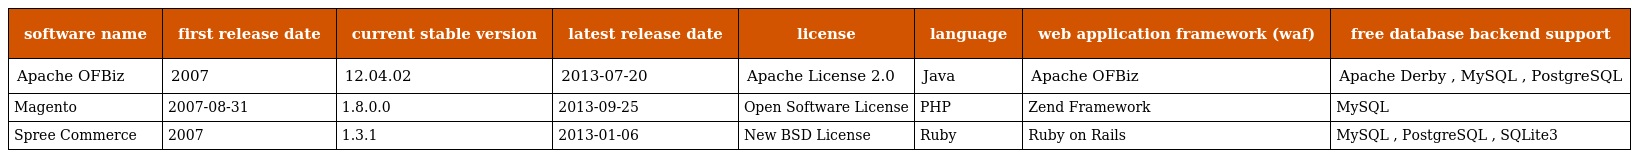
| software name | first release date | current stable version | latest release date | license | language | web application framework (waf) | free database backend support |
 | --- | --- | --- | --- | --- | --- | --- | --- |
 | Apache OFBiz | 2007 | 12.04.02 | 2013-07-20 | Apache License 2.0 | Java | Apache OFBiz | Apache Derby , MySQL , PostgreSQL |
 | Magento | 2007-08-31 | 1.8.0.0 | 2013-09-25 | Open Software License | PHP | Zend Framework | MySQL |
 | Spree Commerce | 2007 | 1.3.1 | 2013-01-06 | New BSD License | Ruby | Ruby on Rails | MySQL , PostgreSQL , SQLite3 |